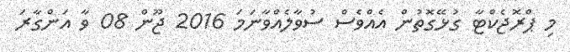
މި ޕްރޮޖެކްޓާ ގުޅޭގޮތުން އެއްވެސް ސުވާލެއްވާނަމަ 2016 ޖޫން 08 ވާ އަންގާރަ